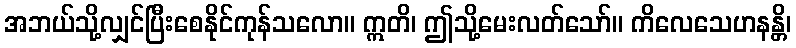
အဘယ်သို့လျှင်ပြီးစေနိုင်ကုန်သလော။ ဣတိ၊ ဤသို့မေးလတ်သော်။ ကိလေသေဟနန္တိ၊